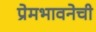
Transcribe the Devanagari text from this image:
प्रेमभावनेची